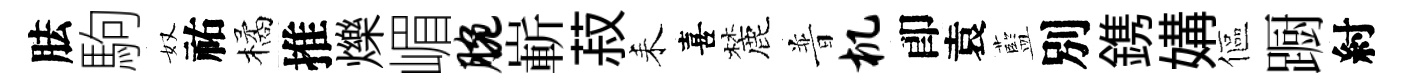
胠駒奴祐橘推爍嵋腕嶄菽耒喜麓普机卽袁藍別鎸媾傴蹰紂